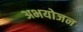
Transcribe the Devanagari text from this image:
अभयोजन